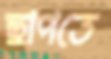
ছাপতে